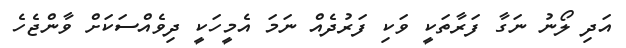
އަދި ލޯނު ނަގާ ފަރާތަކީ ވަކި ފަރުދެއް ނަމަ އެމީހަކީ ދިވެއްސަކަށް ވާންޖެހެ